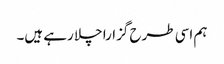
ہم اسی طرح گزارا چلا رہے ہیں۔